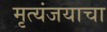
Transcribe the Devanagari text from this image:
मृत्यंजयाचा